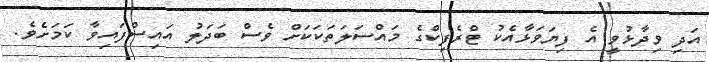
އަދި ވިދާޅުވީ އެ ފިޔަވަޅާއެކު ޓްރެފިކްގެ މައްސަލަތަކަކަށް ވެސް ބަދަލު އައިސްފައިވާ ކަމަށެވެ.